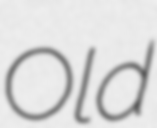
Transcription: Old